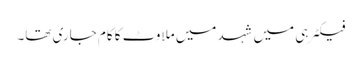
فیکٹرہی میں شہد میں ملاوٹ کا کام جاری تھا۔